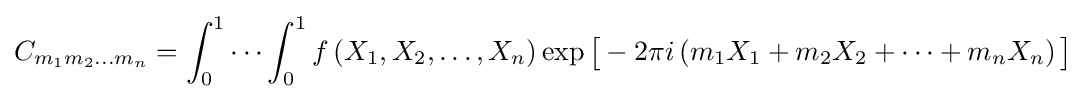
C_{m_{1}m_{2}...m_{n}}=\int _{0}^{1}\cdots \int _{0}^{1}f\left(X_{1},X_{2},\dots ,X_{n}\right)\exp {\bigl [}-2\pi i\left(m_{1}X_{1}+m_{2}X_{2}+\dots +m_{n}X_{n}\right){\bigr ]}